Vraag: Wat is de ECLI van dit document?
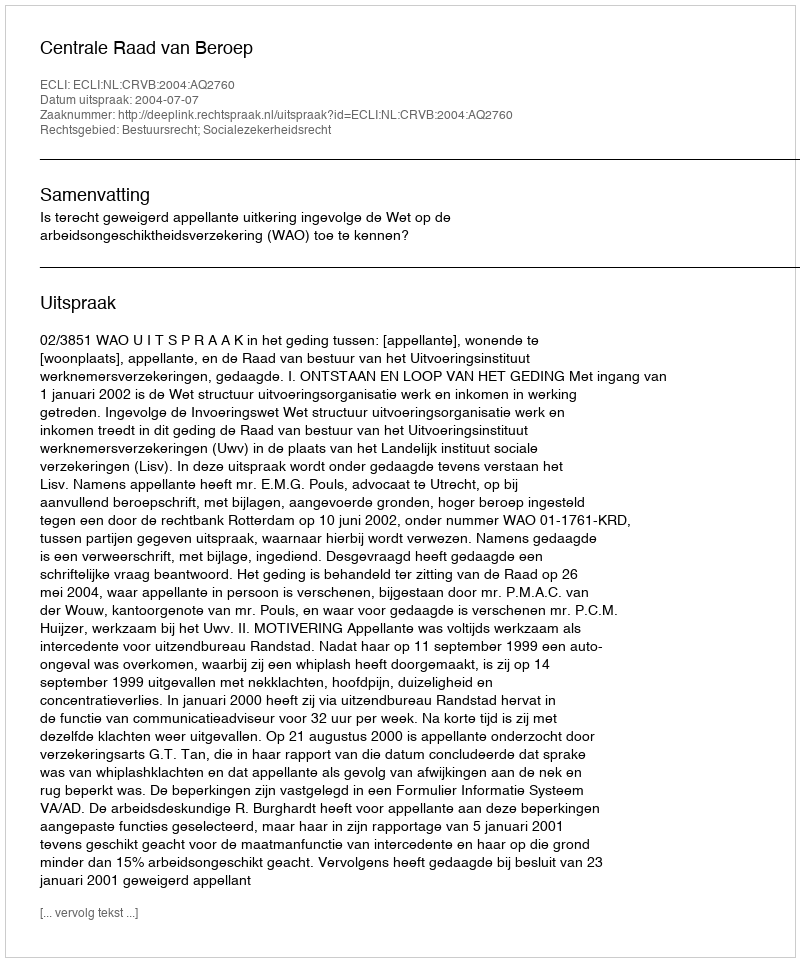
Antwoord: ECLI:NL:CRVB:2004:AQ2760